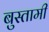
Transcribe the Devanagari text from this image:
बुस्तामी